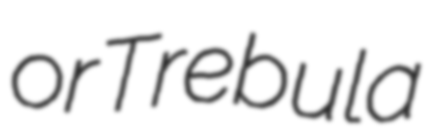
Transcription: or Trebula